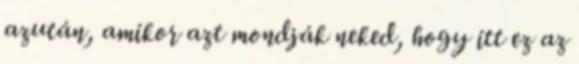
azután, amikor azt mondják neked, hogy itt ez az